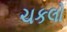
ચકલો